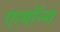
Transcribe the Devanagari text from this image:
एलॉन्ग